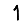
Digit: 1